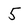
Character: 5